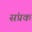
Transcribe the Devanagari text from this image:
संप्रक